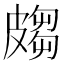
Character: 𭽲